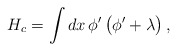
\begin{align*}H_c=\int dx\,\phi^\prime\,\bigl(\phi^\prime+\lambda\bigr)\,,\end{align*}